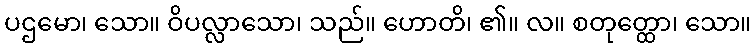
ပဌမော၊ သော။ ဝိပလ္လာသော၊ သည်။ ဟောတိ၊ ၏။ လ။ စတုတ္ထော၊ သော။